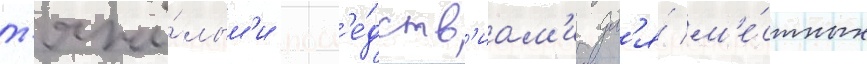
т'яжё́лым'и посл'е́дств'иам'и дл'я́ м'е́стных